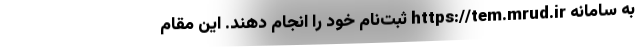
به سامانه https://tem.mrud.ir ثبت‌نام خود را انجام دهند. این مقام